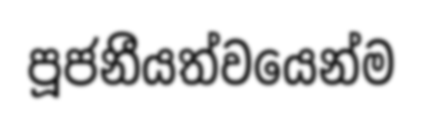
පූජනීයත්වයෙන්ම